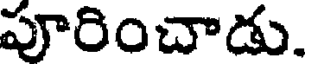
పూరించాడు.